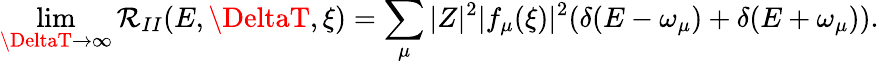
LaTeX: \operatorname*{lim}_{\DeltaT\rightarrow\infty}\mathcal{R}_{II}(E,\DeltaT,\xi)=\sum_{\mu}|Z|^{2}|f_{\mu}(\xi)|^{2}(\delta(E-\omega_{\mu})+\delta(E+\omega_{\mu})).